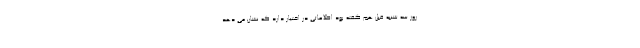
روز سه شنبه قبل هم گفته بود اطلاعاتی در اختیار دارد که نشان می دهد